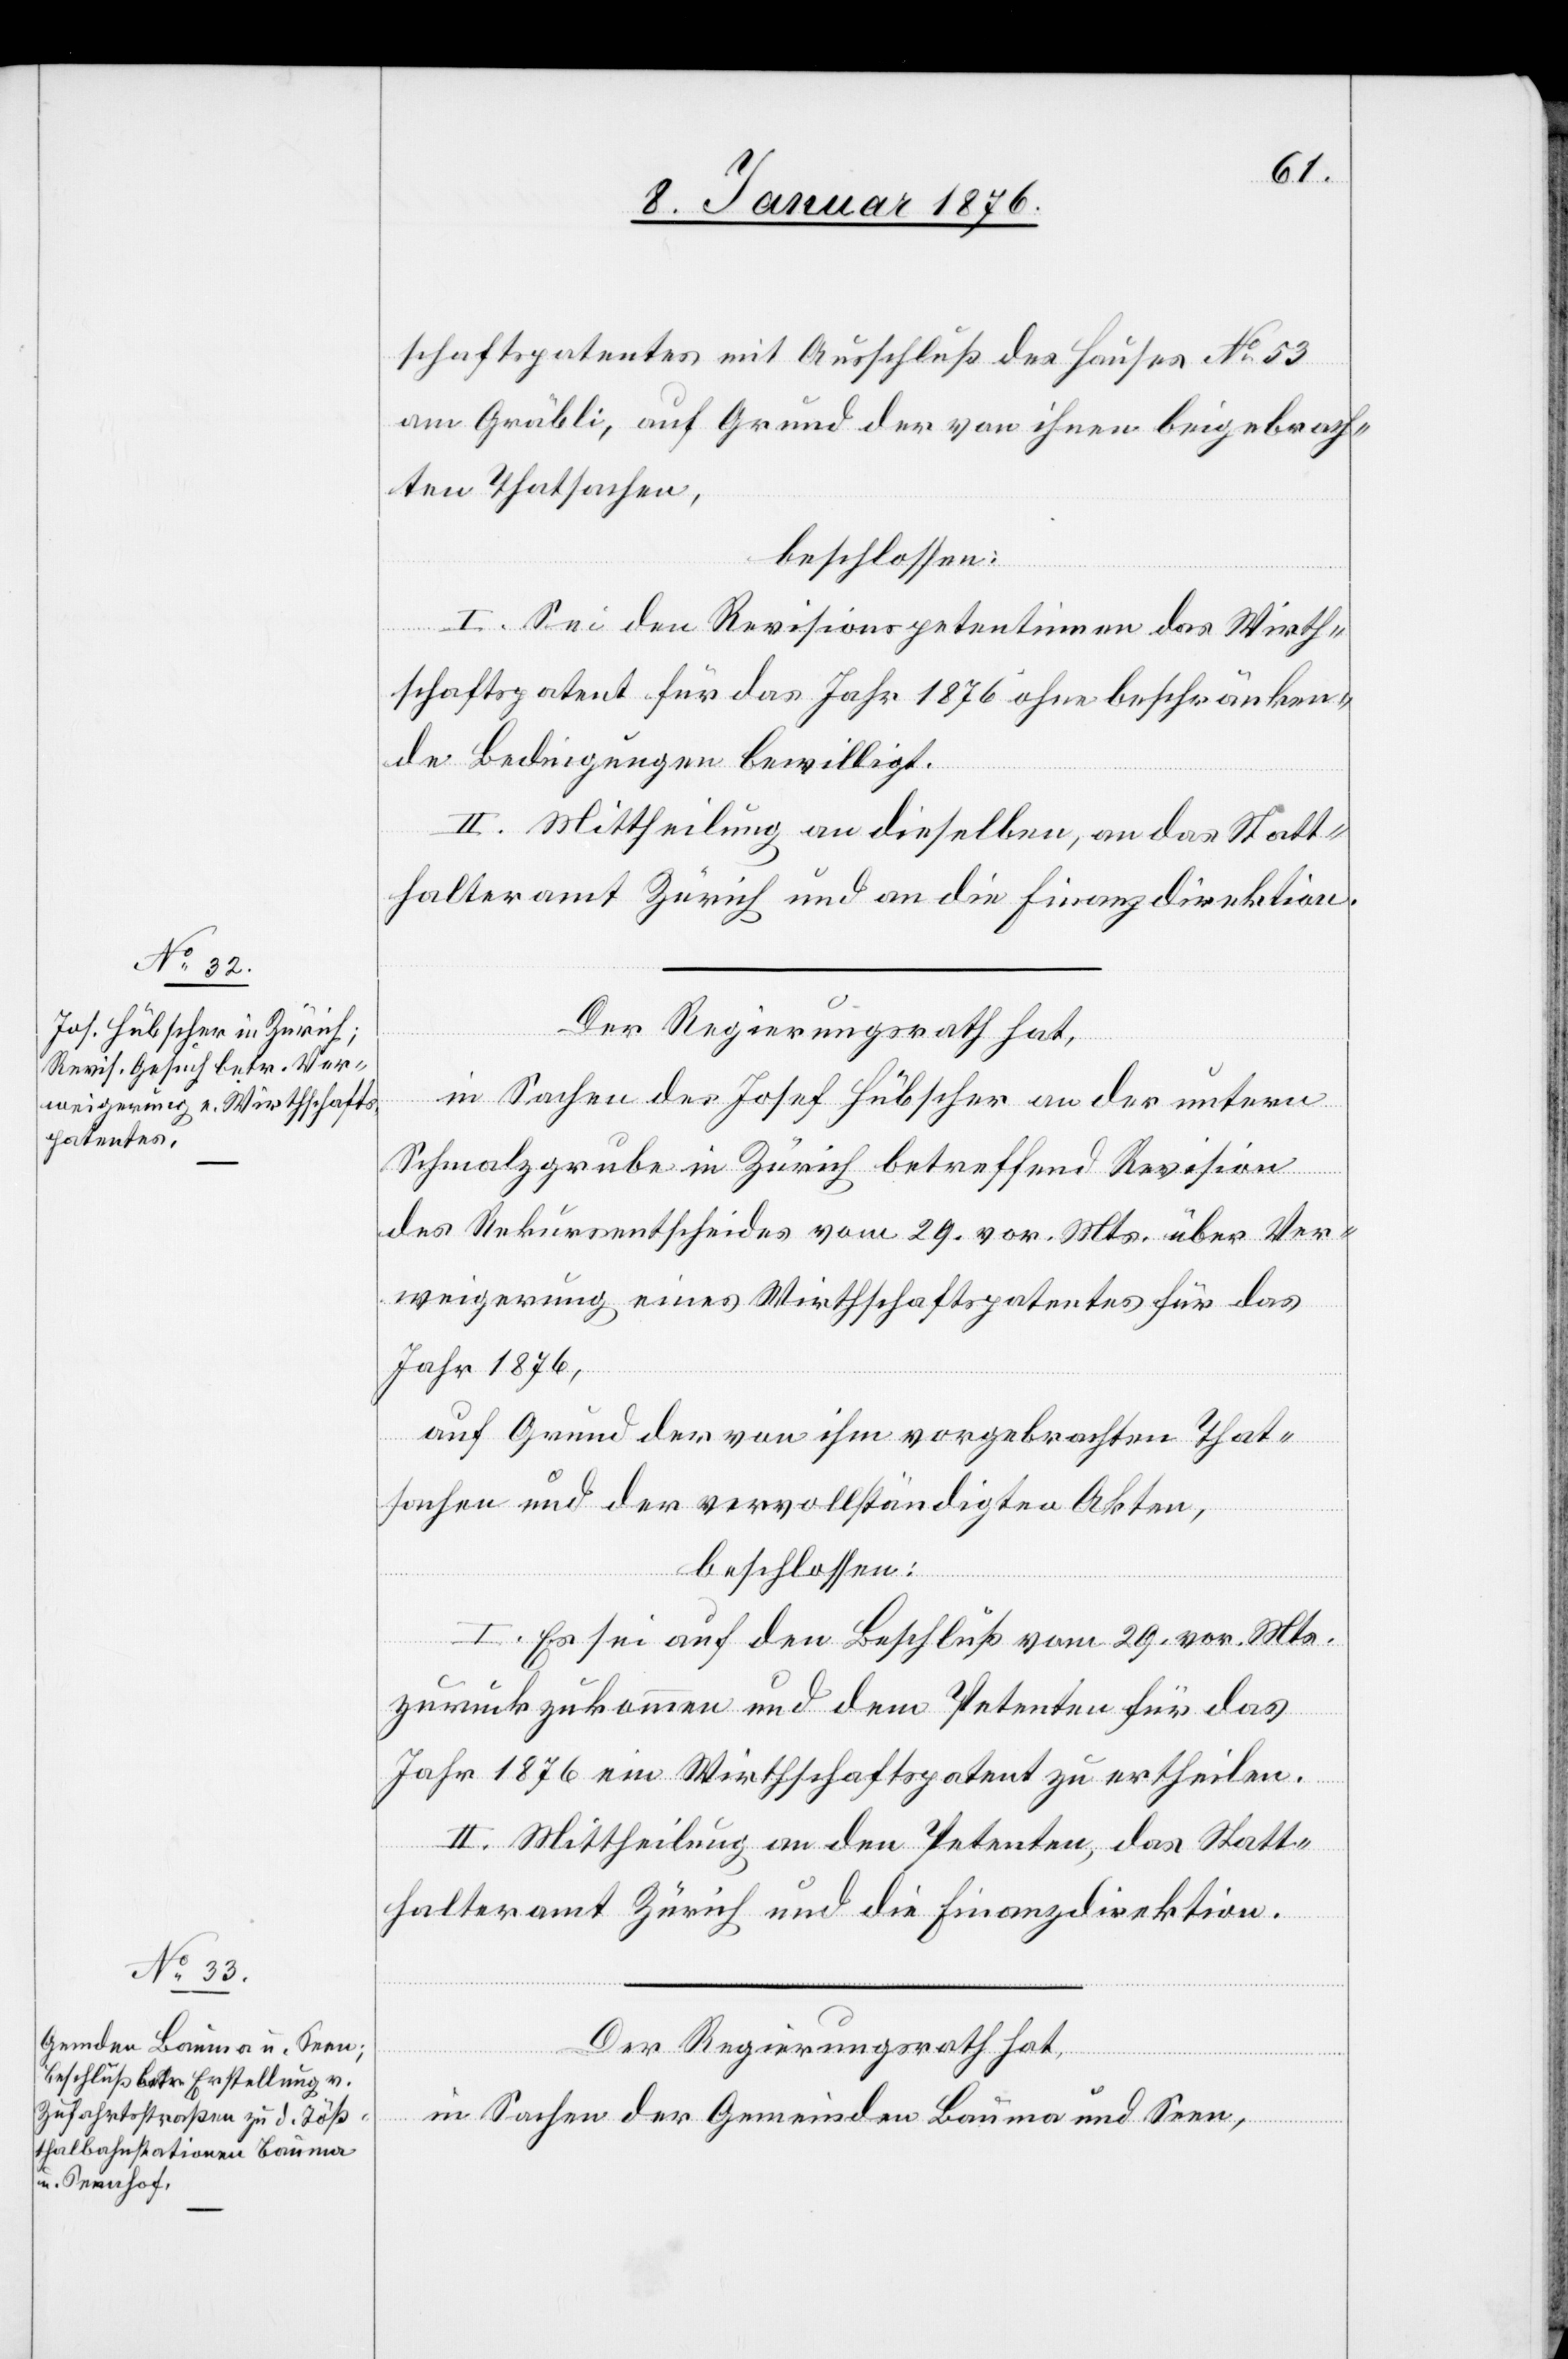
schaftspatentes mit Ausschluß der Häuser No. 53
am Gräbli, auf Grund der von ihnen beigebrach¬
ten Thatsachen,
beschlossen:
I. Sei den Revisionspetentinnen das Wirth¬
schaftspatent für das Jahr 1876 ohne beschränken¬
de Bedingungen bewilligt.
II. Mittheilung an dieselben, an das Statt¬
halteramt Zürich und an die Finanzdirektion.
Der Regierungsrath hat,
in Sachen des Josef Hübscher an der untern
Schmalzgrube in Zürich betreffend Revision
des Rekursentscheides vom 29. vor. Mts. über Ver¬
weigerung eines Wirthschaftspatentes für das
Jahr 1876,
auf Grund der von ihm vorgebrachten That¬
sachen und der vervollständigten Akten,
beschlossen:
I. Es sei auf den Beschluß vom 29. vor. Mts.
zurückzukommen und dem Petenten für das
Jahr 1876 ein Wirthschaftspatent zu ertheilten.
II. Mittheilung an den Petenten, das Statt¬
halteramt Zürich und die Finanzdirektion.
Der Regierungsrath hat,
in Sachen der Gemeinden Bauma und Seen,